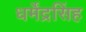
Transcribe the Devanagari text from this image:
धर्मेंद्रसिंह